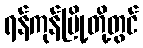
ရန်ကုန်မြို့တို့တွင်